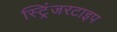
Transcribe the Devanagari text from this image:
स्ट्रिंजरटाइप